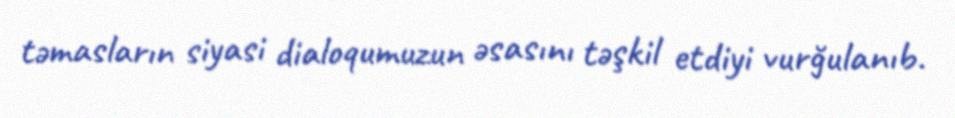
təmasların siyasi dialoqumuzun əsasını təşkil etdiyi vurğulanıb.